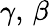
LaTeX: \gamma,\, \beta